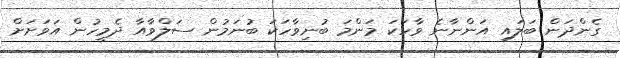
ގެންދަން ބަލައި އަންނާނެ ވާހަކަ މަންމަ ބުނިވާހަކަ ބުނަމުން ސަލްވާއާ ދެމީހުން އަވަށަށް